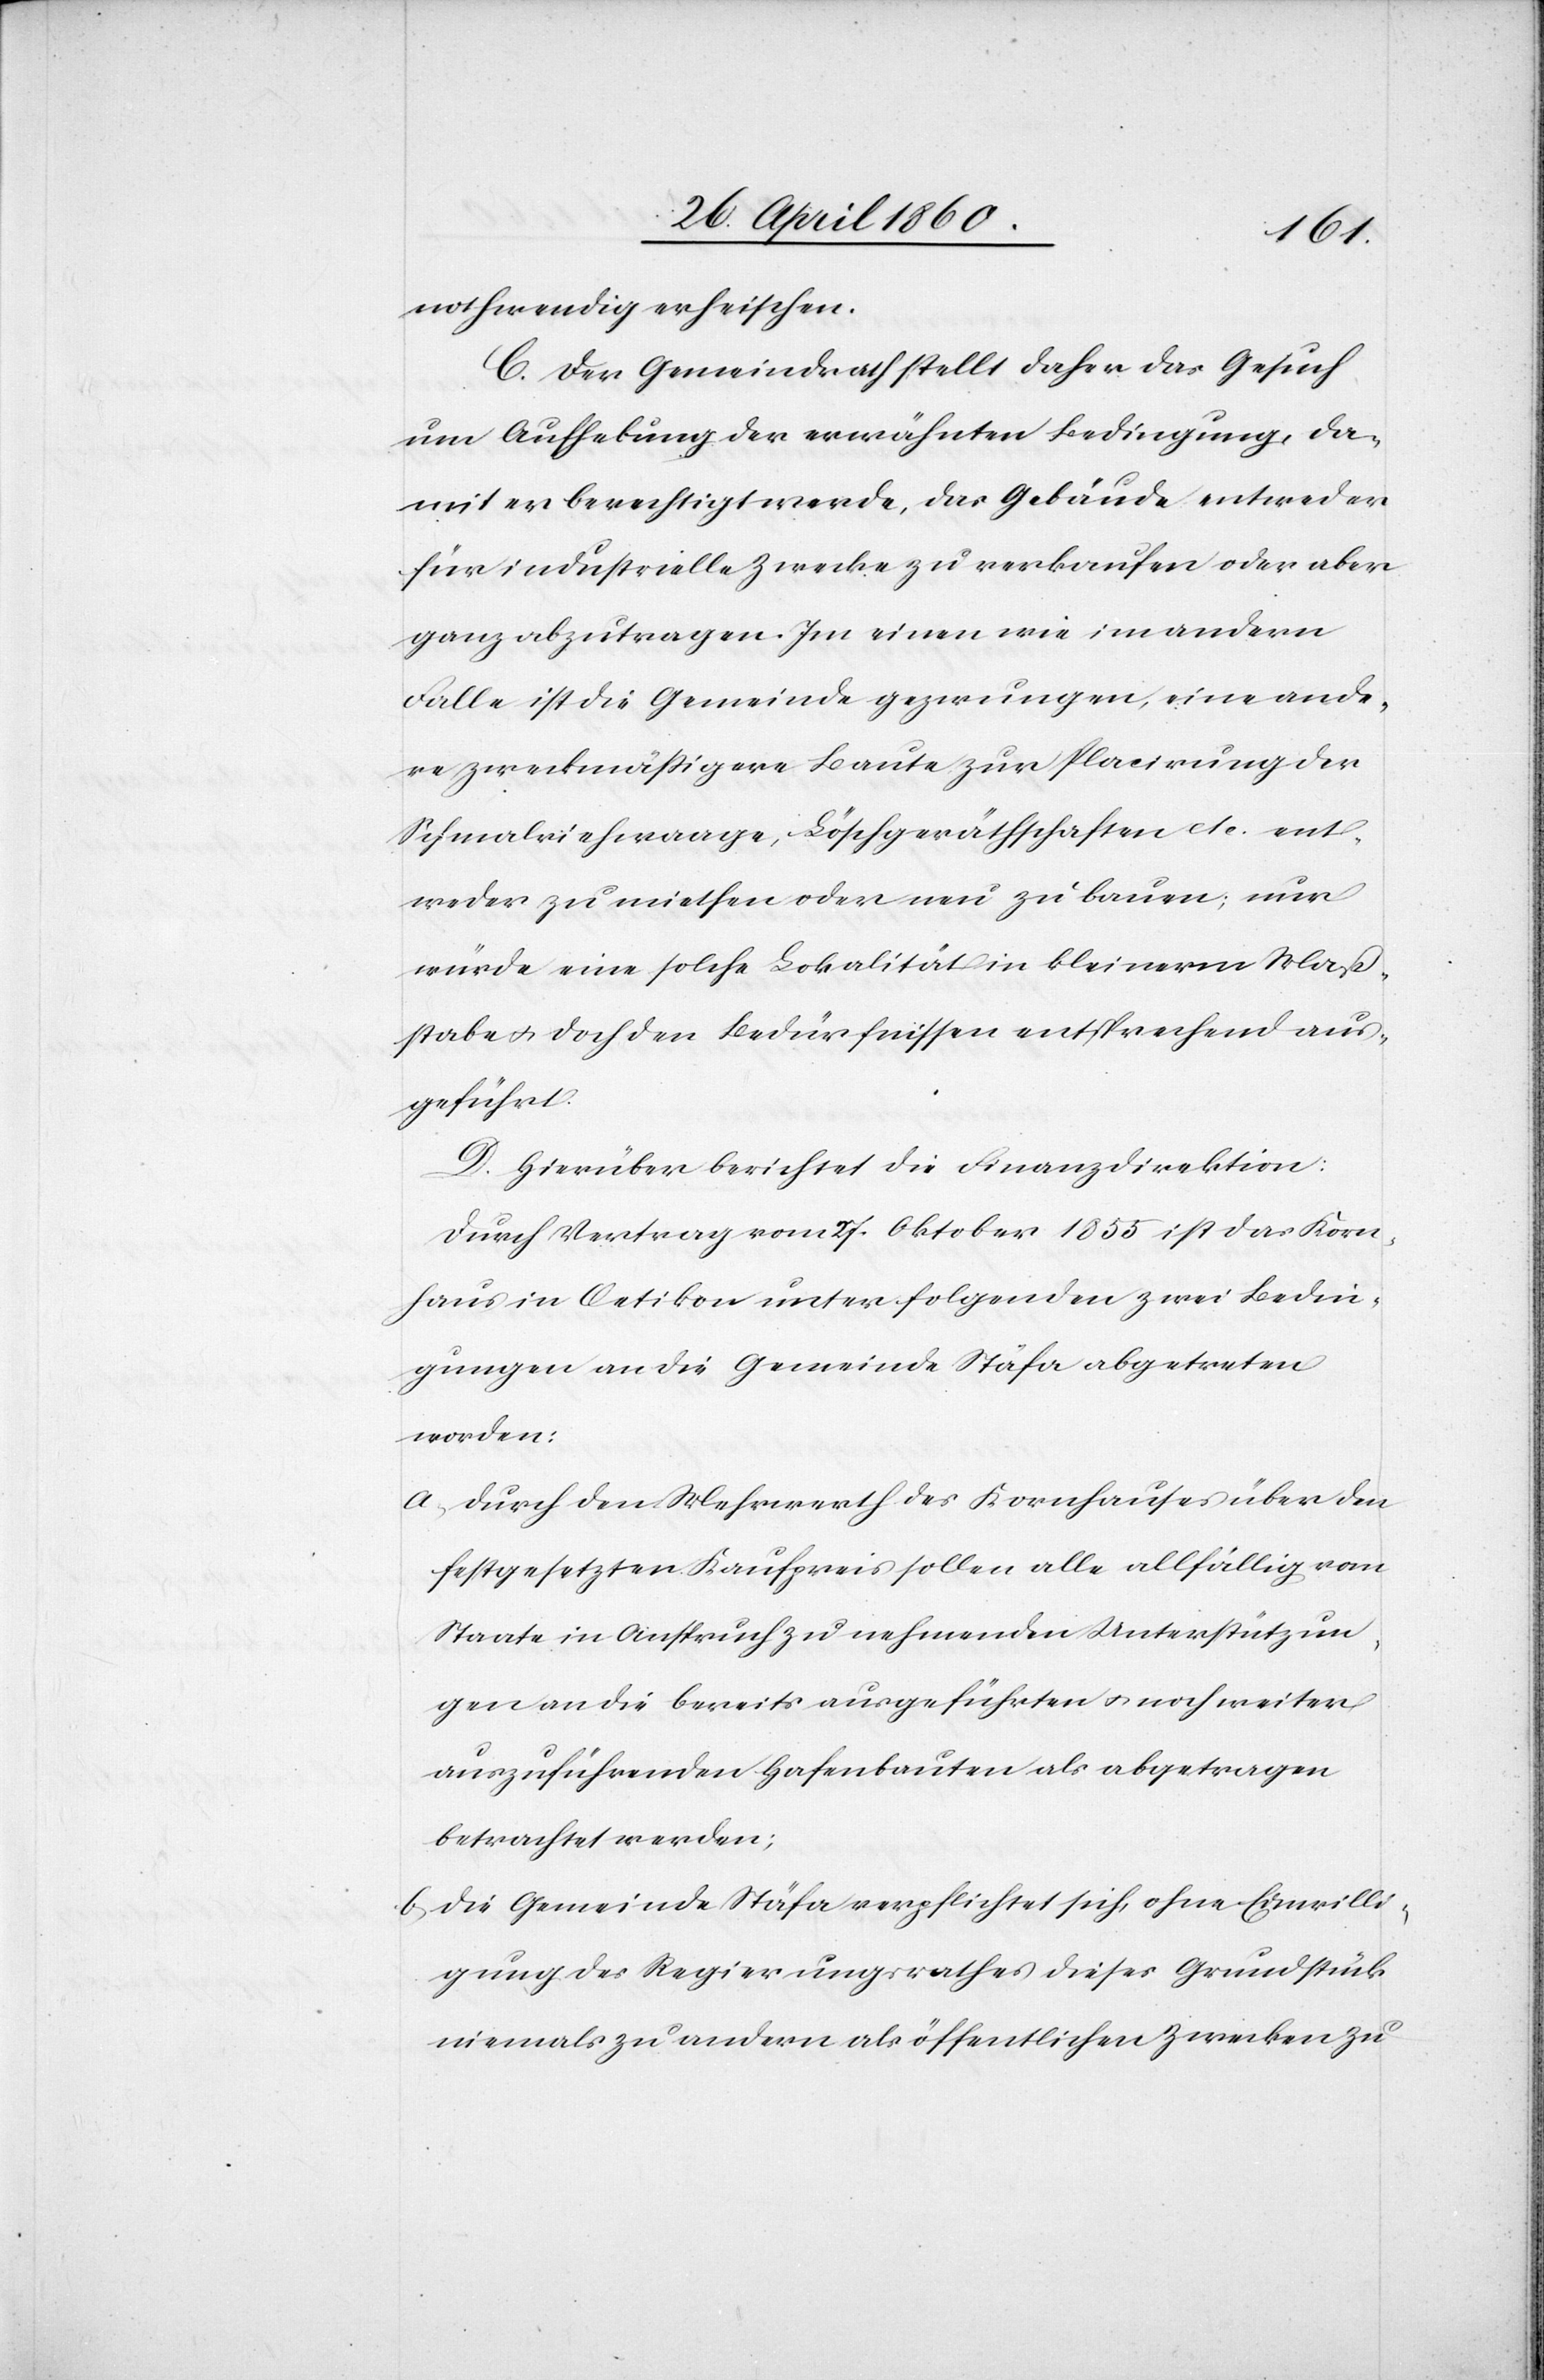
notwendig erheischen.
C. Der Gemeindrath stellt daher das Gesuch
um Aufhebung der erwähnten Bedingung, da¬
mit er berechtigt werde, das Gebäude entweder
für industrielle Zwecke zu verkaufen oder aber
ganz abzutragen. Im einen wie im andern
Falle ist die Gemeinde gezwungen, eine ande¬
re zweckmässigere Baute zur Placirung der
Schmalviehwage, Löschgeräthschaften etc. ent¬
weder zu miethen oder neu zu bauen; nur
würde eine solche Lokalität in kleinerm Mass¬
stabe u. doch den Bedürfnissen entsprechend aus¬
geführt.
D. Hierüber berichtet die Finanzdirektion:
Durch Vertrag vom 27. Oktober 1855 ist das Korn¬
haus in Oetikon unter folgenden zwei Bedin¬
gungen an die Gemeinde Stäfa abgetreten
worden:
a, durch den Mehrwerth des Kornhauses über den
festgesetzten Kaufpreis sollen alle allfällig vom
Staate in Anspruch zu nehmenden Unterstützun¬
gen an die bereits ausgeführten u. noch weiter
auszuführenden Hafenbauten als abgetragen
betrachtet werden;
b, Die Gemeinde Stäfa verpflichtet sich, ohne Einwilli¬
gung des Regierungsrathes dieses Grundstück
niemals zu andern als öffentlichen Zwecken zu